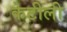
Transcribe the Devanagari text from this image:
केटीली